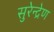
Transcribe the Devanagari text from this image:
सुरेन्द्रेण